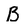
Character: B